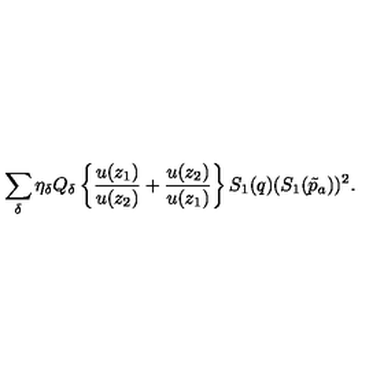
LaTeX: \sum _ { \delta } \eta _ { \delta } Q _ { \delta } \left\{ { \frac { u ( z _ { 1 } ) } { u ( z _ { 2 } ) } } + { \frac { u ( z _ { 2 } ) } { u ( z _ { 1 } ) } } \right\} S _ { 1 } ( q ) ( S _ { 1 } ( \tilde { p } _ { a } ) ) ^ { 2 } .